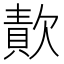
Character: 𣤈